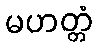
မဟတ္တံ